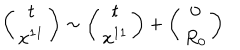
LaTeX: \left( \begin{array} { c } { { t } } \\ { { x ^ { 1 1 } } } \\ \end{array} \right) \sim \left( \begin{array} { c } { { t } } \\ { { x ^ { 1 1 } } } \\ \end{array} \right) + \left( \begin{array} { c } { { 0 } } \\ { { R _ { 0 } } } \\ \end{array} \right)